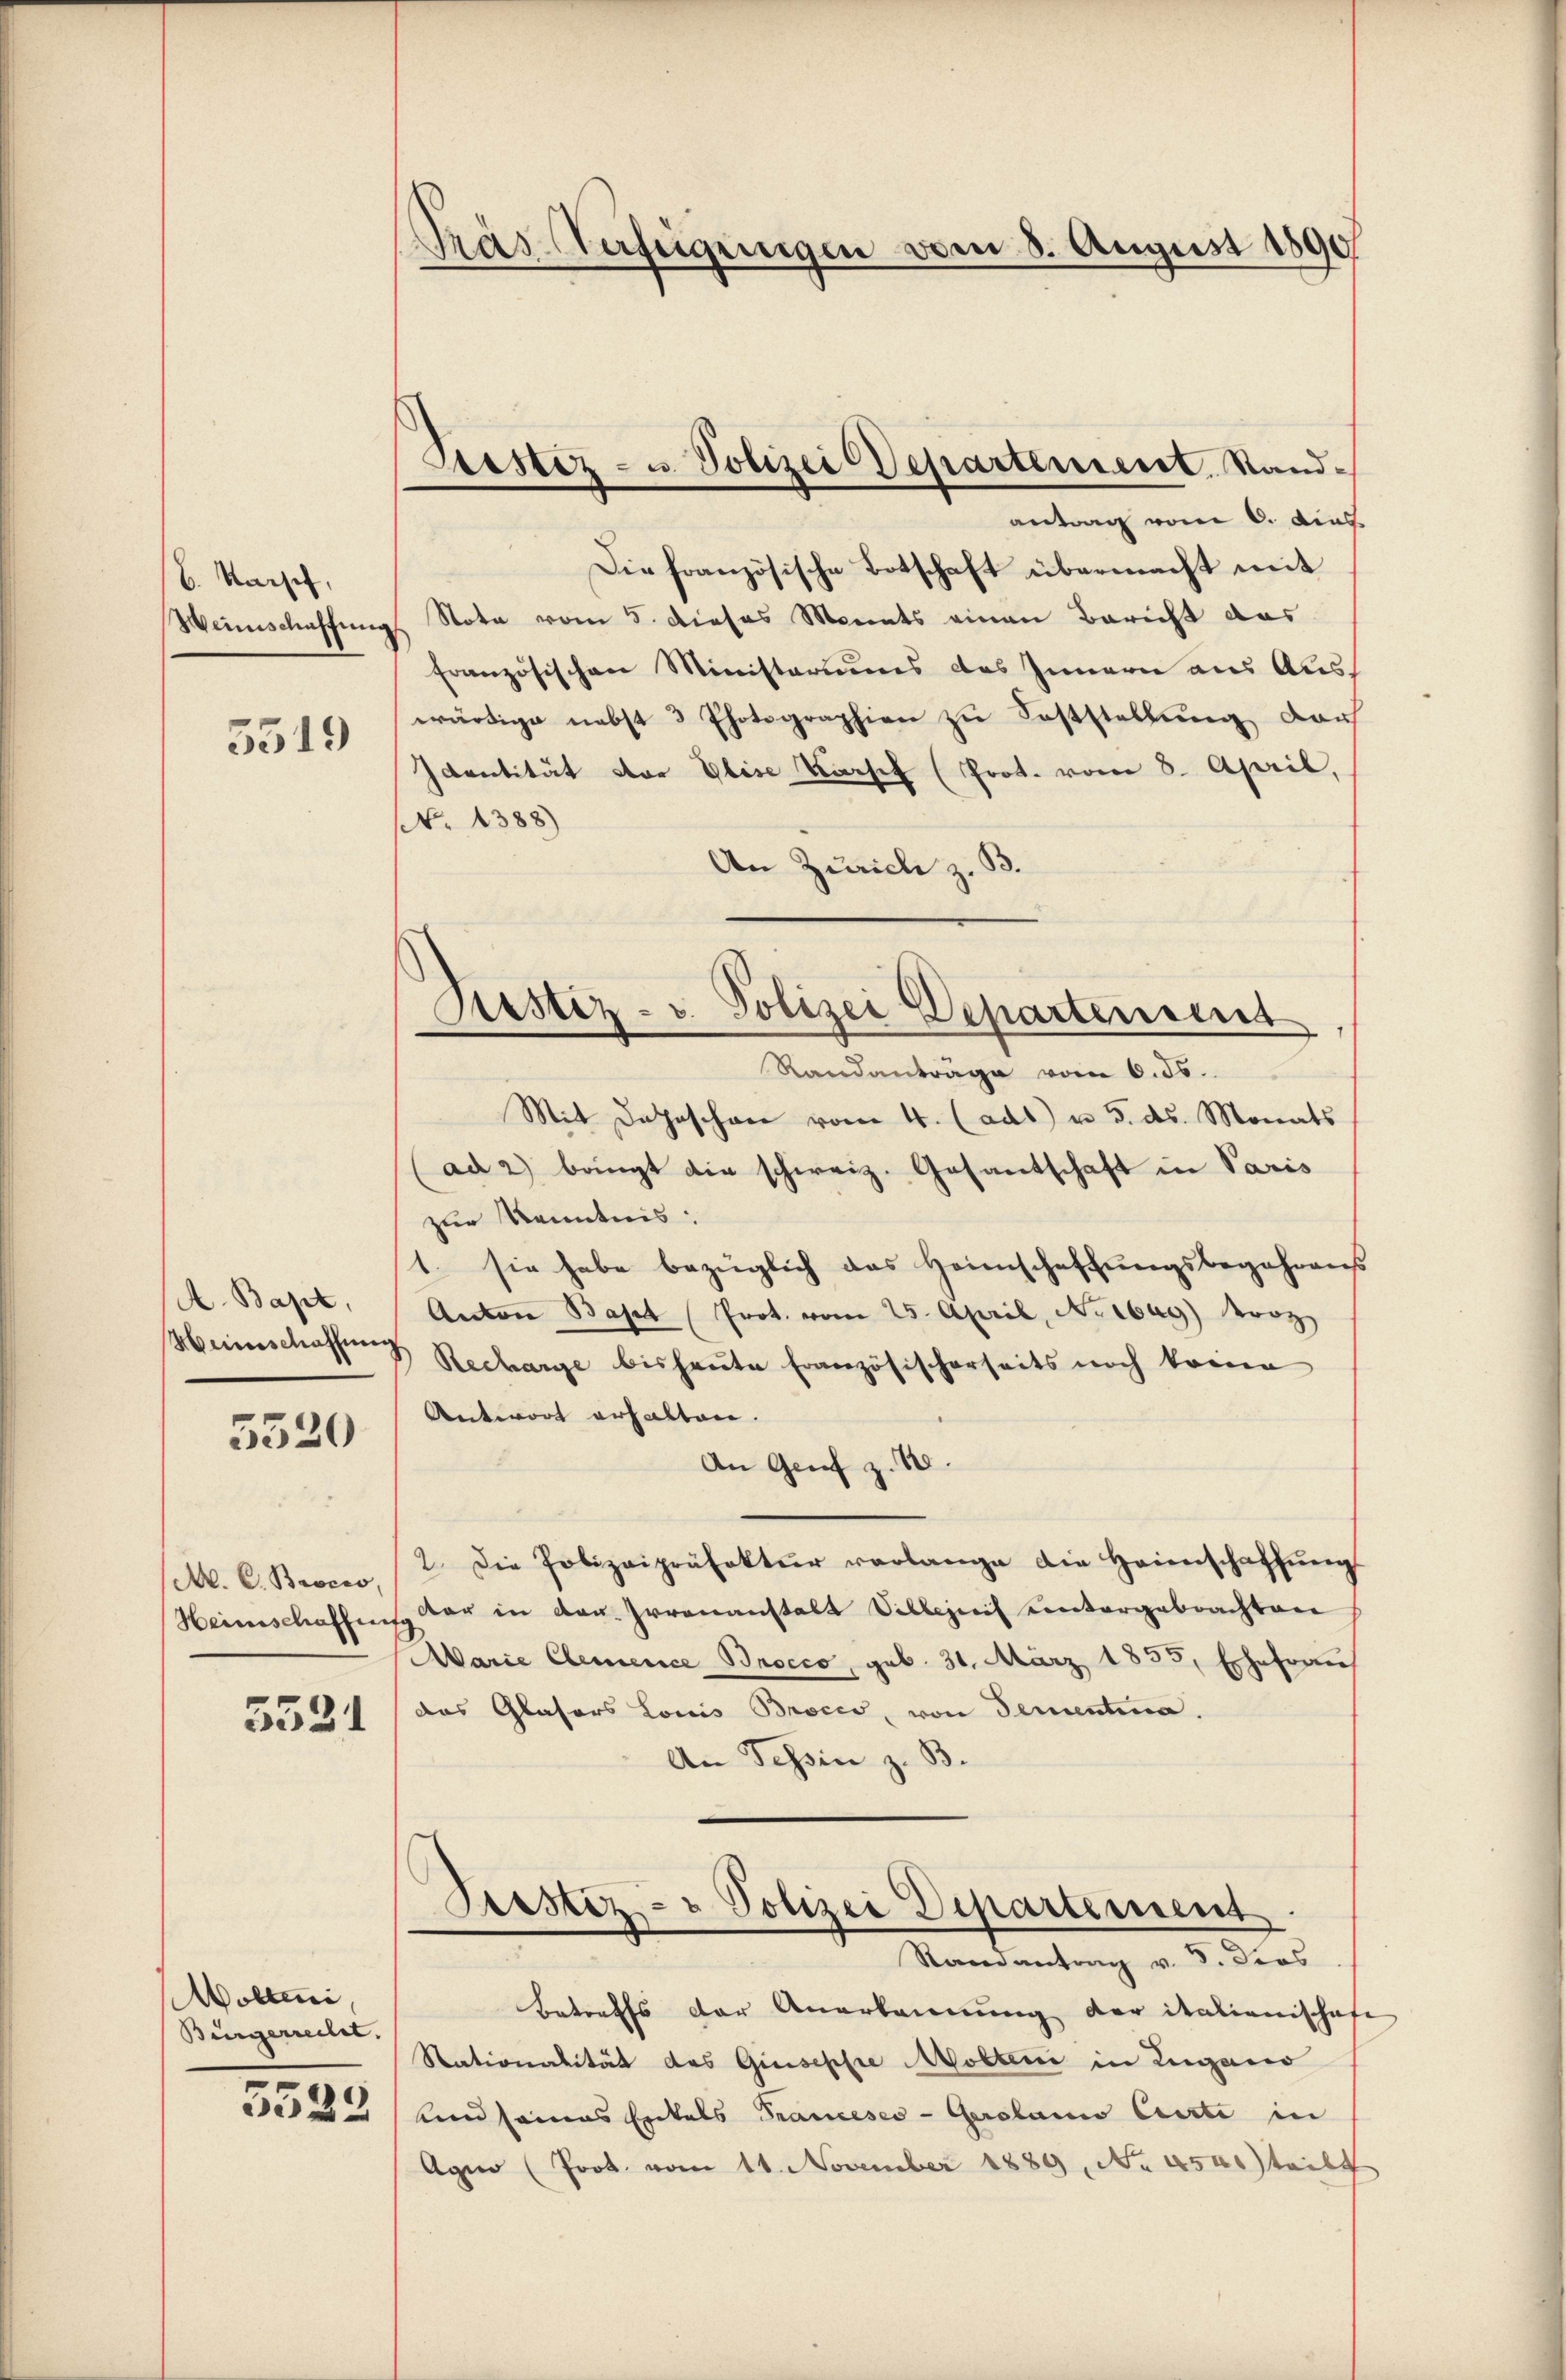
b. Kaisch,
Weinschaffung

5519

A. Bapt.

5320

3531

Wolleni
Bürgerrechet.
5525

Pras Verfügungen vom 8. August 1890

M. C. Brocco,

antrag vom 6. dies
Die französische Botschaft übermacht mit
Stota vom 5. dieses Monats einen Bericht aus
französischen Ministeriums des Innern aus Auswürdige nebst 3 Photographien zu Feststellung darf
Identität stor Elise Kosef (Prot. vom 8. April,
N. 1388)
An Zürich z. B.
Mit Dahnschen vom 4. (ads u 5. ds. Monats
ad 2) bringt die schweiz. Gesantschaft in Paris
zur Kenntnis:
1. sie habe bezüglich das Heimschaffŭngsbegehrens
Anton Basel (Prot. vom 25. April, Noebag) vorz
Menschaffen Recharge bis heute Französischerseits noch keine
Antwort erhalten.
An Grif z. B.
2. Die Polizeipräfektur verlange die Heimschaffŭng
Heimschaffen war in der Irrenanstalt Villezeit eintergebrachten
Marie Clemence Brocco, geb. 31. März 1835. Ehefrau
das Glasers Louis Broces, von Serentina.
An Tessin z. B.

Lestez- u. Polizei Departement. Stand¬

1
Rustiz- u. Polizei Departement
Randanträge vom 6. ds.

Prestiz- & Polizei Departement
Randantrag v. 5. dies

Betreffs der Anerkennung der italienischafe
Stationalität des Giuseppe olteri in Lugano
und seines Entals Franceses - Gerolami Carte in
Agio (Prot. vom 11. November 1889, No 4500) teilt